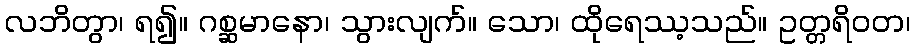
လဘိတွာ၊ ရ၍။ ဂစ္ဆမာနော၊ သွားလျက်။ သော၊ ထိုရေဿ့သည်။ ဥတ္တရိဝတ၊